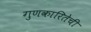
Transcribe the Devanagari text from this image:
गुणकारितेची